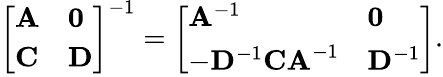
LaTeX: {\left[\begin{array}{ll}{\mathbf{A}}&{\mathbf{0}}\\ {\mathbf{C}}&{\mathbf{D}}\end{array}\right]}^{-1}={\left[\begin{array}{ll}{\mathbf{A}^{-1}}&{\mathbf{0}}\\ {-\mathbf{D}^{-1}\mathbf{CA}^{-1}}&{\mathbf{D}^{-1}}\end{array}\right]}.